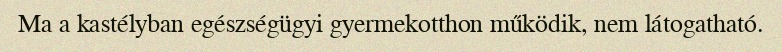
Ma a kastélyban egészségügyi gyermekotthon működik, nem látogatható.